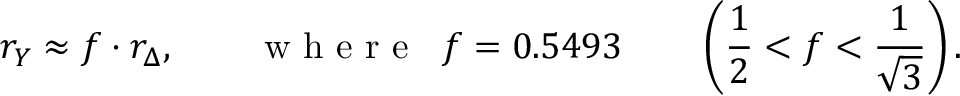
r _ { Y } \approx f \cdot r _ { \Delta } , \qquad \textrm { w h e r e } \; \; f = 0 . 5 4 9 3 \qquad \left( \frac { 1 } { 2 } < f < \frac { 1 } { \sqrt { 3 } } \right) .